Annual report on the Civil Veterinary Department, Burma (including the Insein Veterinary School) - 1923-1931
Year: 1923
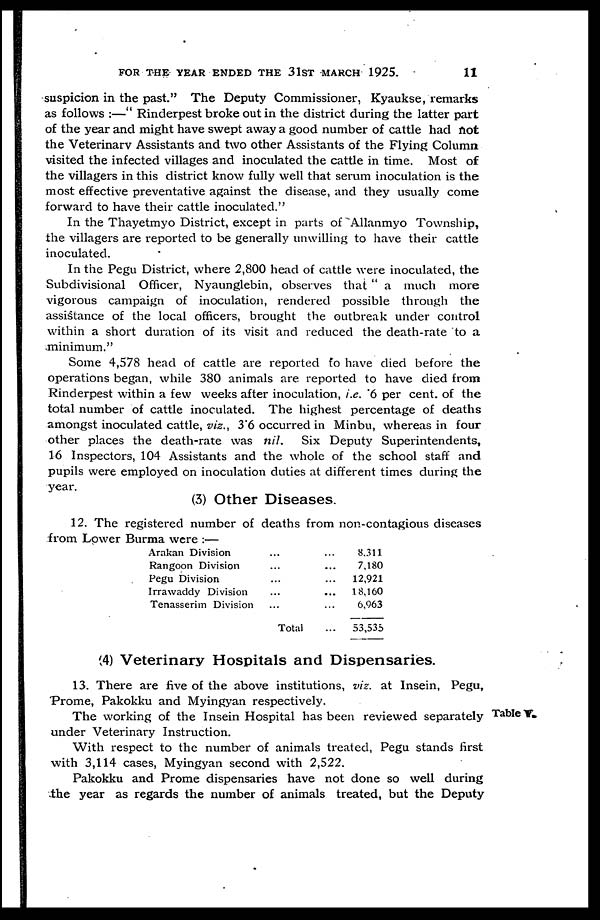
FOR THE YEAR ENDED THE 31ST MARCH 1925.
11
suspicion in the past." The Deputy Commissioner, Kyaukse, remarks
as follows :—" Rinderpest broke out in the district during the latter part
of the year and might have swept away a good number of cattle had not
the Veterinary Assistants and two other Assistants of the Flying Column
visited the infected villages and inoculated the cattle in time. Most of
the villagers in this district know fully well that serum inoculation is the
most effective preventative against the disease, and they usually come
forward to have their cattle inoculated."
In the Thayetmyo District, except in parts of Allanmyo Township,
the villagers are reported to be generally unwilling to have their cattle
inoculated.
In the Pegu District, where 2,800 head of cattle were inoculated, the
Subdivisional Officer, Nyaunglebin, observes that " a much more
vigorous campaign of inoculation, rendered possible through the
assistance of the local officers, brought the outbreak under control
within a short duration of its visit and reduced the death-rate to a
minimum."
Some 4,578 head of cattle are reported to have died before the
operations began, while 380 animals are reported to have died from
Rinderpest within a few weeks after inoculation, i.e. 6 per cent. of the
total number of cattle inoculated. The highest percentage of deaths
amongst inoculated cattle, viz., 3.6 occurred in Minbu, whereas in four
other places the death-rate was nil.
Six Deputy Superintendents,
16 Inspectors, 104 Assistants and the whole of the school staff and
pupils were employed on inoculation duties at different times during the
year.
(3) Other Diseases.
12. The registered number of deaths from non-contagious diseases
from Lower Burma were :—
Arakan Division
Rangoon Division
Pegu Division
Irrawaddy Division
Tenasserim Division
... ...
... ...
... ...
... ...
... ...
Total ...
8,311
7,180
12,921
18,160
6,963
53,535
(4) Veterinary Hospitals and Dispensaries.
13. There are five of the above institutions, viz. at Insein, Pegu,
Prome, Pakokku and Myingyan respectively.
Table V.
The working of the Insein Hospital has been reviewed separately
under Veterinary Instruction.
With respect to the number of animals treated, Pegu stands first
with 3,114 cases, Myingyan second with 2,522.
Pakokku and Prome dispensaries have not done so well during
the year as regards the number of animals treated, but the Deputy